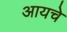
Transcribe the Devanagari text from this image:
आयचे